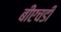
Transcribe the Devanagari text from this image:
बीएचडी